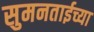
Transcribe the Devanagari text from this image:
सुमनताईच्या